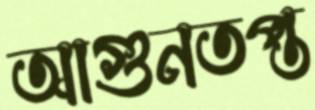
আগুনতপ্ত